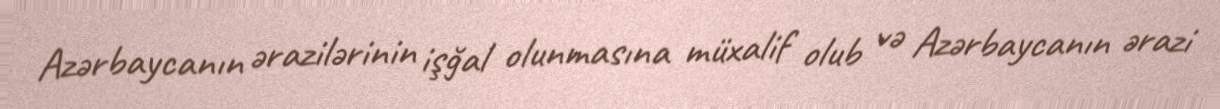
Azərbaycanın ərazilərinin işğal olunmasına müxalif olub və Azərbaycanın ərazi